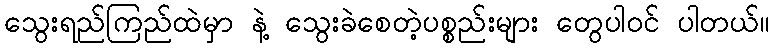
သွေးရည်ကြည်ထဲမှာ နဲ့ သွေးခဲစေတဲ့ပစ္စည်းများ တွေပါဝင် ပါတယ်။